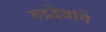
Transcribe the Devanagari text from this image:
रुद्रदेवांचे